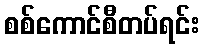
စစ်ကောင်စီတပ်ရင်း